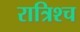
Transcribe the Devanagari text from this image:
रात्रिश्च